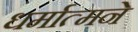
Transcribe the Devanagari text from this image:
धर्मात्मने